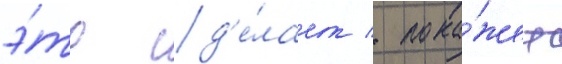
э́то сд'е́лает / пока́жет